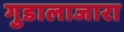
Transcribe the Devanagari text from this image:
गुडालाजारा